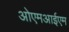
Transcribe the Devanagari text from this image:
ओएमआईएम